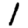
Digit: 1